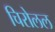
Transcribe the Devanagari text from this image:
चिरोलल